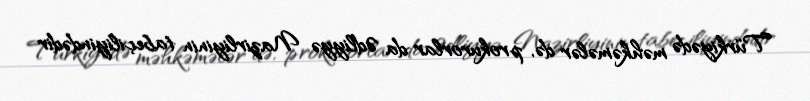
Türkiyədə məhkəmələr də, prokurorlar da Ədliyyə Nazirliyinin tabeçiliyindədir